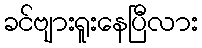
ခင်ဗျားရူးနေပြီလား